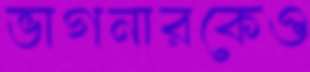
ভাগনারকেও